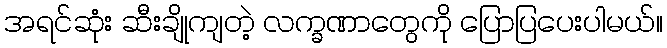
အရင်ဆုံး ဆီးချိုကျတဲ့ လက္ခဏာတွေကို ပြောပြပေးပါမယ်။